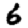
Digit: 6